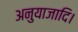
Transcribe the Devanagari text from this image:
अनुयाजादि।